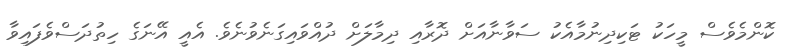
ކޮންމެވެސް މީހަކު ޓަކިދިނުމާއެކު ސަވާނާއަށް ދޮރާއި ދިމާލަށް ދުއްވައިގަނެވުނެވެ. އެއީ އޭނަގެ ހިތުދަސްވެފައިވާ